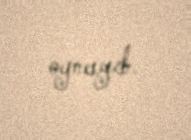
oynayıb.